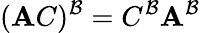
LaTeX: (\mathbf{A}C)^{\mathcal{{B}}}=C^{\mathcal{{B}}}\mathbf{A}^{\mathcal{{B}}}